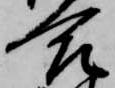
合